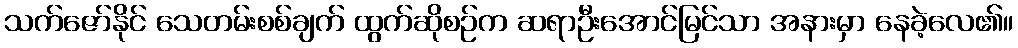
သက်ဇော်နိုင် သေတမ်းစစ်ချက် ထွက်ဆိုစဉ်က ဆရာဦးအောင်မြင်သာ အနားမှာ နေခဲ့လေ၏။